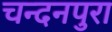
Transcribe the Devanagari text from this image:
चन्दनपुरा